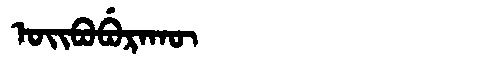
Manchu: ᠣᡳᠪᠣᠪᡠᡵᠠᡴᡡ
Romanization: OIBOBURAKŪ